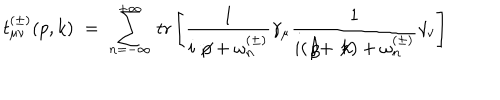
t _ { \mu \nu } ^ { ( \pm ) } ( p , k ) \; = \; \sum _ { n = - \infty } ^ { + \infty } \, \mathrm { t r } \left[ \frac { 1 } { i \not \! p + \omega _ { n } ^ { ( \pm ) } } \gamma _ { \mu } \frac { 1 } { i ( \not \! p + \not \! k ) + \omega _ { n } ^ { ( \pm ) } } \gamma _ { \nu } \right]